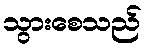
သွားစေသည်